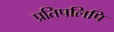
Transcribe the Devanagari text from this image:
प्रतिपलिपि